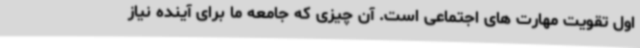
اول تقویت مهارت های اجتماعی است. آن چیزی که جامعه ما برای آینده نیاز